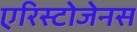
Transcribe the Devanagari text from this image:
एरिस्टोजेनस